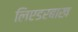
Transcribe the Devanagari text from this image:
लिएडरबाख